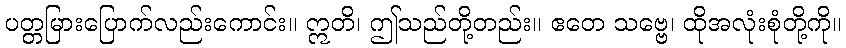
ပတ္တမြားပြောက်လည်းကောင်း။ ဣတိ၊ ဤသည်တို့တည်း။ ဧတေ သဗ္ဗေ၊ ထိုအလုံးစုံတို့ကို။